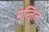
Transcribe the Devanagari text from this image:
मन्ज़िल